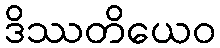
ဒိဿတိယေဝ